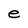
Character: e